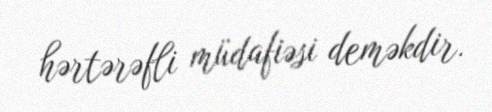
hərtərəfli müdafiəsi deməkdir.